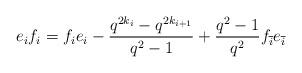
LaTeX: \begin{align*}e_if_i = f_ie_i - \frac{q^{2k_i}-q^{2k_{i+1}}}{q^2-1} + \frac{q^2-1}{q^2}f_{\overline{i}}e_{\overline{i}}\end{align*}